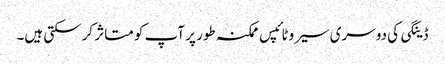
ڈینگی کی دوسری سیروٹائپس ممکنہ طور پر آپ کو متاثر کرسکتی ہیں۔